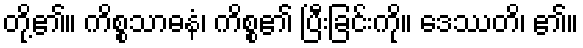
တို့၏။ ကိစ္စသာဓနံ၊ ကိစ္စ၏ ပြီးခြင်းကို။ ဒေဿတိ၊ ၏။